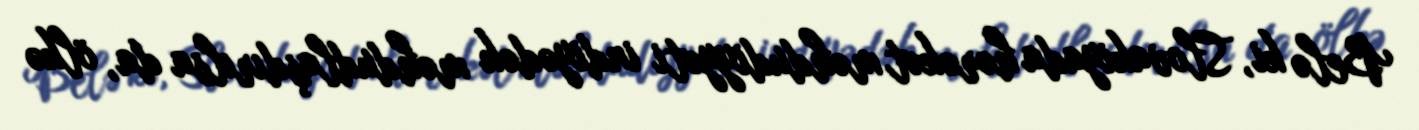
Belə ki, Slovakiyada hərəkət məhdudiyyəti indiyədək məhdudlaşdırılsa da, ölkə